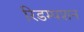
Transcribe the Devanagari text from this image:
रिडम्‍पशन